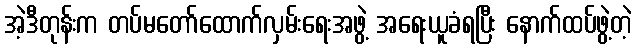
အဲ့ဒီတုန်းက တပ်မတော်ထောက်လှမ်းရေးအဖွဲ့ အရေးယူခံရပြီး နောက်ထပ်ဖွဲ့တဲ့